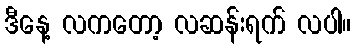
ဒီနေ့ လကတော့ လဆန်းရက် လပါ။